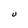
Character: U